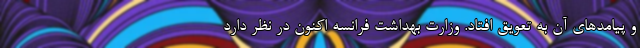
و پیامدهای آن به تعویق افتاد. وزارت بهداشت فرانسه اکنون در نظر دارد